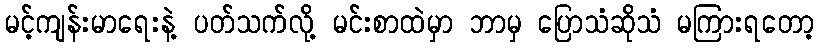
မင့်ကျန်းမာရေးနဲ့ ပတ်သက်လို့ မင်းစာထဲမှာ ဘာမှ ပြောသံဆိုသံ မကြားရတော့